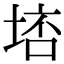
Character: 𡌮